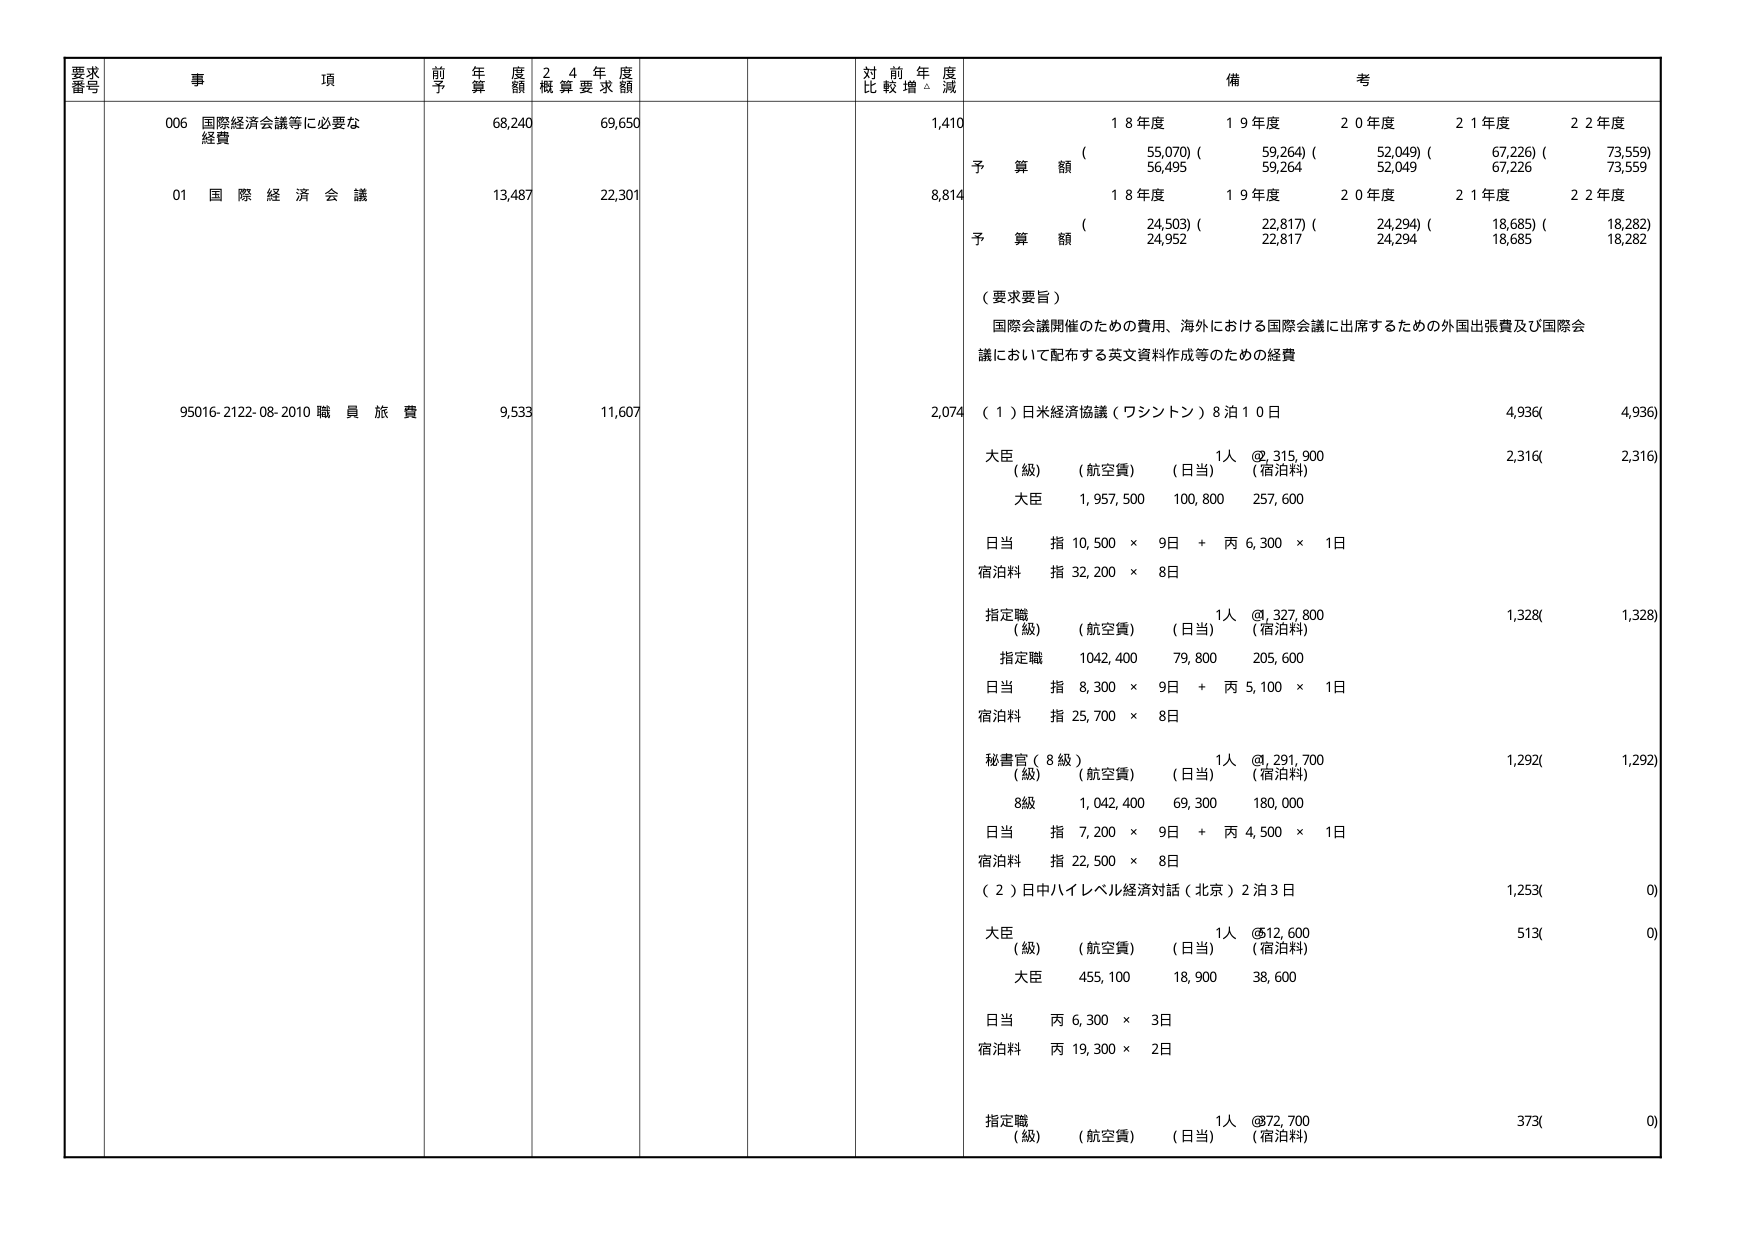
要求番号 事項 前年度予算額 24年度概算要求額 対前年度比較増減 備考
006 国際経済会議等に必要な経費 68,240 69,650 1,410 18年度 19年度 20年度 21年度 22年度
予算額 (55,070) (59,264) (52,049) (67,226) (73,559)
56,495 59,264 52,049 67,226 73,559
01 国際経済会議 13,487 22,301 8,814 18年度 19年度 20年度 21年度 22年度
予算額 (24,503) (22,817) (24,294) (18,685) (18,282)
24,952 22,817 24,294 18,685 18,282
（要求要旨）
国際会議開催のための費用、海外における国際会議に出席するための外国出張費及び国際会議において配布する英文資料作成等のための経費
95016-2122-08-2010 職員旅費 9,533 11,607 2,074 （1）日米経済協議（ワシントン）8泊10日 4,936 4,936
大臣 1人 @315,900
（級）（航空費）（日当）（宿泊料） 2,316 2,316
大臣 1,957,500 100,800 257,600
日当 指 10,500 × 9日 + 丙 6,300 × 1日
宿泊料 指 32,200 × 8日
指定職 1人 @327,800
（級）（航空費）（日当）（宿泊料） 1,328 1,328
指定職 1042,400 79,800 205,600
日当 指 8,300 × 9日 + 丙 5,100 × 1日
宿泊料 指 25,700 × 8日
秘書官（8級） 1人 @291,700
（級）（航空費）（日当）（宿泊料） 1,292 1,292
8級 1,042,400 69,300 180,000
日当 指 7,200 × 9日 + 丙 4,500 × 1日
宿泊料 指 22,500 × 8日
（2）日中ハイレベル経済対話（北京）2泊3日 1,253 0
大臣 1人 @12,600
（級）（航空費）（日当）（宿泊料） 513 0
大臣 455,100 18,900 38,600
日当 丙 6,300 × 3日
宿泊料 丙 19,300 × 2日
指定職 1人 @72,700
（級）（航空費）（日当）（宿泊料） 373 0